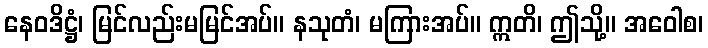
နေဝဒိဋ္ဌံ၊ မြင်လည်းမမြင်အပ်။ နသုတံ၊ မကြားအပ်။ ဣတိ၊ ဤသို့။ အဝေါစ၊